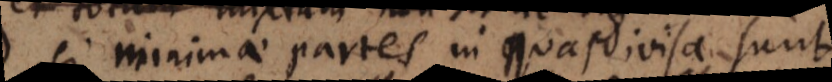
minimae partes in quas divisa sunt